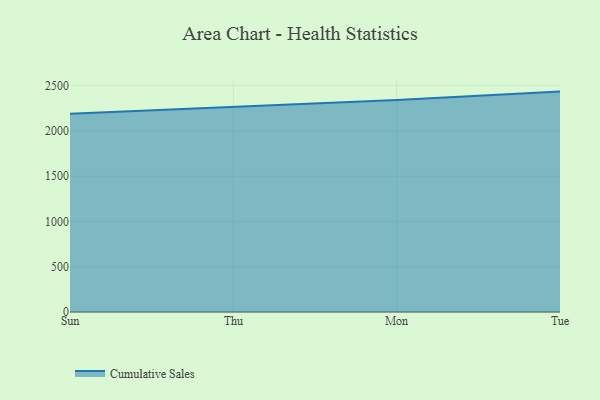
{"axis": {"x": "Day", "y": "Tickets Resolved"}, "legend": ["Cumulative Sales"], "data": [{"x": "Sun", "y": 2188.6, "type": "Cumulative Sales"}, {"x": "Thu", "y": 2261.0, "type": "Cumulative Sales"}, {"x": "Mon", "y": 2341.0, "type": "Cumulative Sales"}, {"x": "Tue", "y": 2433.7, "type": "Cumulative Sales"}]}